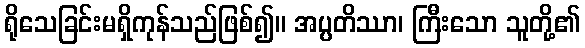
ရိုသေခြင်းမရှိကုန်သည်ဖြစ်၍။ အပ္ပတိဿာ၊ ကြီးသော သူတို့၏